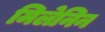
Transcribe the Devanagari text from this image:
मिलेनिन